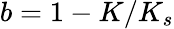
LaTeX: b=1-K/K_{s}